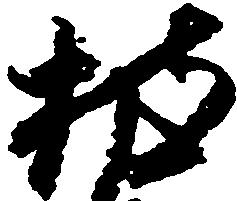
披